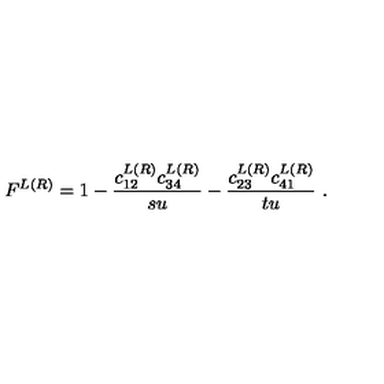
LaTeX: F ^ { L ( R ) } = 1 - { \frac { c _ { 1 2 } ^ { L ( R ) } c _ { 3 4 } ^ { L ( R ) } } { s u } } - { \frac { c _ { 2 3 } ^ { L ( R ) } c _ { 4 1 } ^ { L ( R ) } } { t u } } \ .